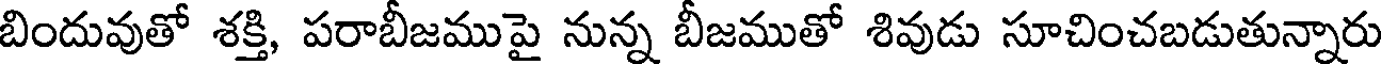
బిందువుతో శక్తి, పరాబీజముపై నున్న బీజముతో శివుడు సూచించబడుతున్నారు